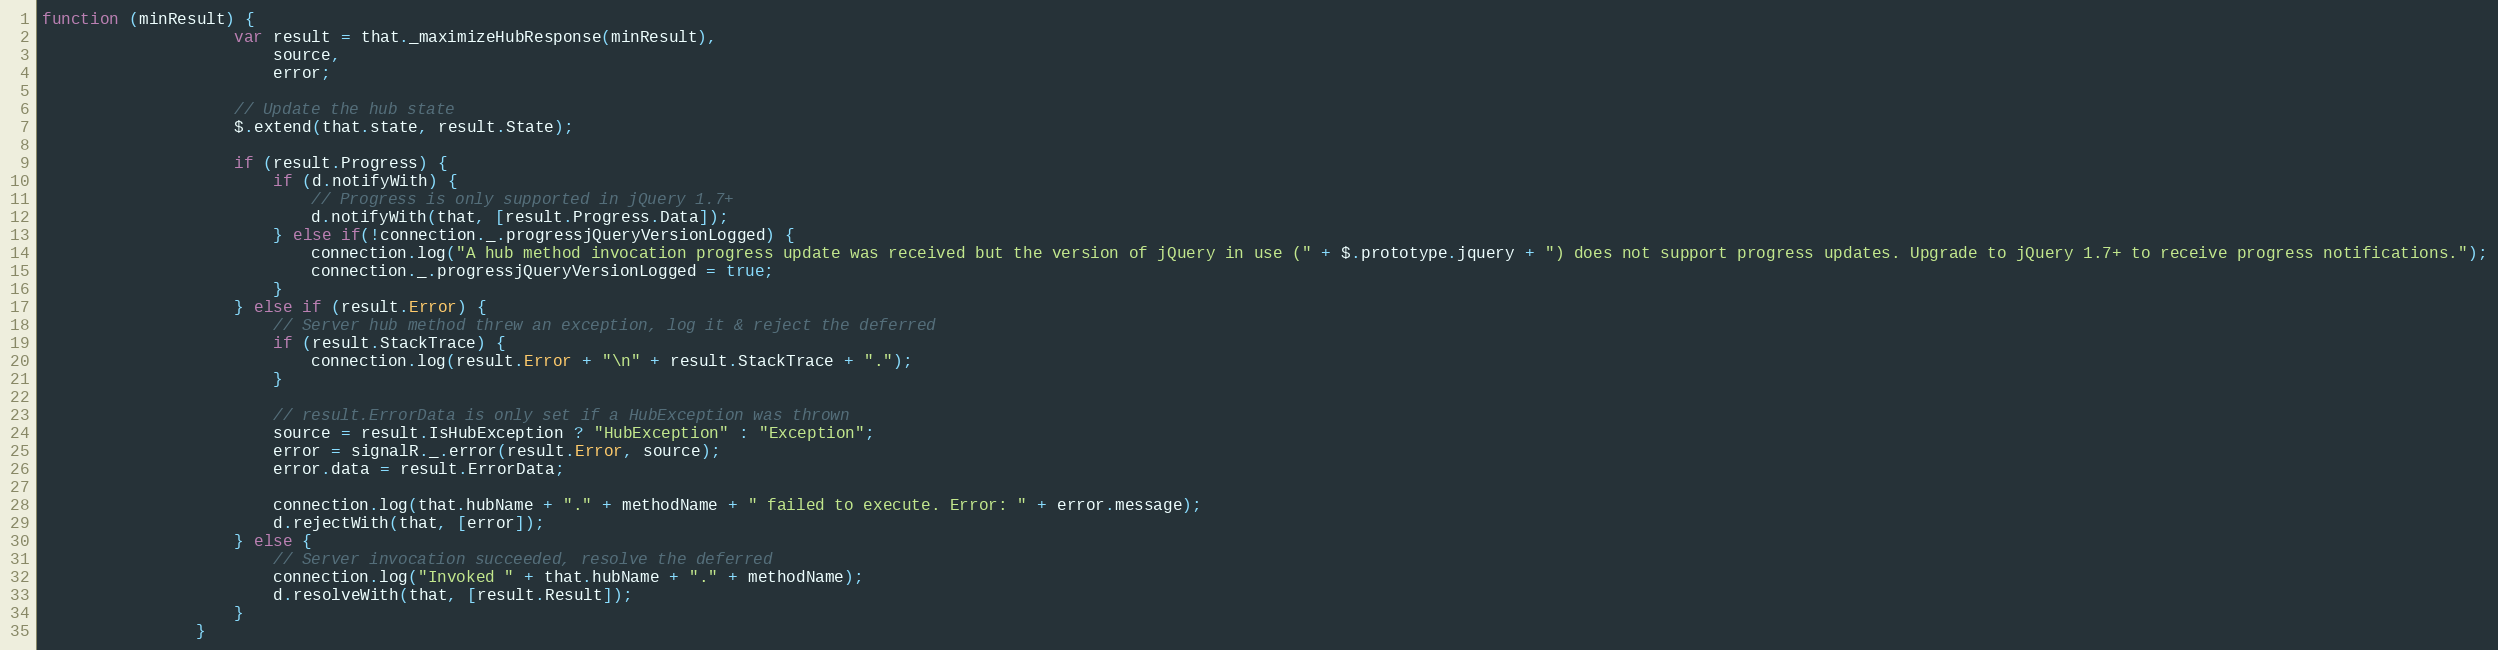
Language: JavaScript
function (minResult) {
                    var result = that._maximizeHubResponse(minResult),
                        source,
                        error;

                    // Update the hub state
                    $.extend(that.state, result.State);

                    if (result.Progress) {
                        if (d.notifyWith) {
                            // Progress is only supported in jQuery 1.7+
                            d.notifyWith(that, [result.Progress.Data]);
                        } else if(!connection._.progressjQueryVersionLogged) {
                            connection.log("A hub method invocation progress update was received but the version of jQuery in use (" + $.prototype.jquery + ") does not support progress updates. Upgrade to jQuery 1.7+ to receive progress notifications.");
                            connection._.progressjQueryVersionLogged = true;
                        }
                    } else if (result.Error) {
                        // Server hub method threw an exception, log it & reject the deferred
                        if (result.StackTrace) {
                            connection.log(result.Error + "\n" + result.StackTrace + ".");
                        }

                        // result.ErrorData is only set if a HubException was thrown
                        source = result.IsHubException ? "HubException" : "Exception";
                        error = signalR._.error(result.Error, source);
                        error.data = result.ErrorData;

                        connection.log(that.hubName + "." + methodName + " failed to execute. Error: " + error.message);
                        d.rejectWith(that, [error]);
                    } else {
                        // Server invocation succeeded, resolve the deferred
                        connection.log("Invoked " + that.hubName + "." + methodName);
                        d.resolveWith(that, [result.Result]);
                    }
                }